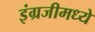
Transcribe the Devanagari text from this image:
इंग्रजीमध्‍ये